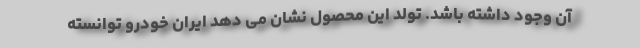
آن وجود داشته باشد. تولد این محصول نشان می دهد ایران خودرو توانسته